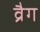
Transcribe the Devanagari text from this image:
व्रैग